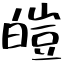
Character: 皚